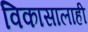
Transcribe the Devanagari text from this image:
विकासालाही